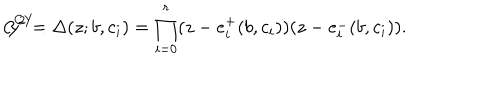
{ \cal C } ^ { C Y } : \hspace { 5 m m } y ^ { 2 } = \Delta ( z ; b , c _ { i } ) = \prod _ { i = 0 } ^ { r } ( z - e _ { i } ^ { + } ( b , c _ { i } ) ) ( z - e _ { i } ^ { - } ( b , c _ { i } ) ) .